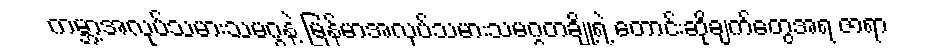
ကမ္ဘာ့အလုပ်သမားသမဂ္ဂနဲ့ မြန်မာအလုပ်သမားသမဂ္ဂတချို့ရဲ့ တောင်းဆိုချက်တွေအရ ဇာရာ